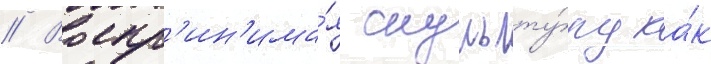
// Воспр'ин'има́я скульпту́ру ка́к